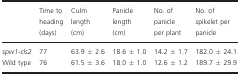
|  | Time to heading (days) | Culm length (cm) | Panicle length (cm) | No. of panicle per plant | No. of spikelet per panicle |
 | --- | --- | --- | --- | --- | --- |
 | spw1‐cls2 | 77 | 63.9 ± 2.6 | 18.6 ± 1.0 | 14.2 ± 1.7 | 182.0 ± 24.1 |
 | Wild type | 76 | 61.5 ± 3.6 | 18.0 ± 1.0 | 12.6 ± 1.2 | 189.7 ± 29.9 |